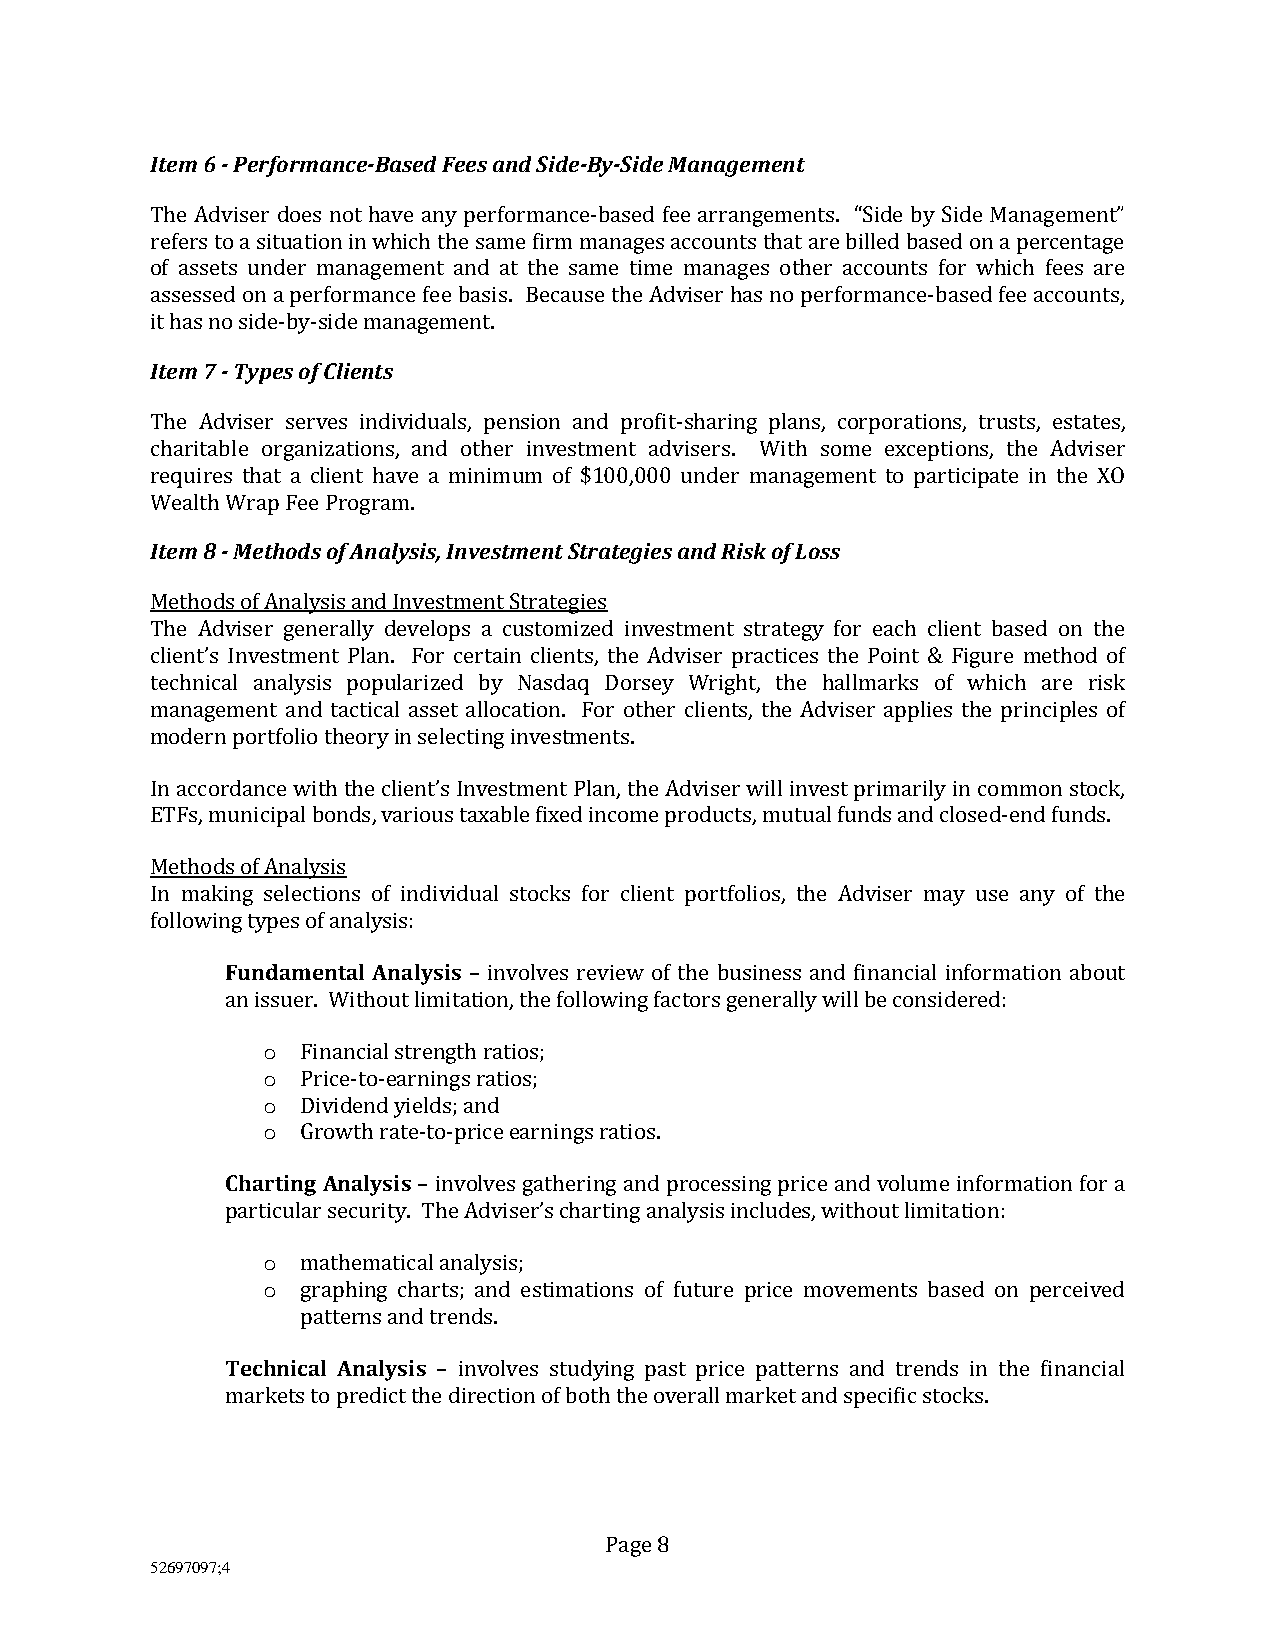
Item 6 - Performance-Based Fees and Side-By-Side Management
 The Adviser does not have any performance-based fee arrangements. “Side by Side Management”
 refers to a situation in which the same firm manages accounts that are billed based on a percentage
 of assets under management and at the same time manages other accounts for which fees are
 assessed on a performance fee basis. Because the Adviser has no performance-based fee accounts,
 it has no side-by-side management.
 Item 7 - Types of Clients
 The Adviser serves individuals, pension and profit-sharing plans, corporations, trusts, estates,
 charitable organizations, and other investment advisers. With some exceptions, the Adviser
 requires that a client have a minimum of $100,000 under management to participate in the XO
 Wealth Wrap Fee Program.
 Item 8 - Methods of Analysis, Investment Strategies and Risk of Loss
 Methods of Analysis and Investment Strategies
 The Adviser generally develops a customized investment strategy for each client based on the
 client’s Investment Plan. For certain clients, the Adviser practices the Point & Figure method of
 technical analysis popularized by Nasdaq Dorsey Wright, the hallmarks of which are risk
 management and tactical asset allocation. For other clients, the Adviser applies the principles of
 modern portfolio theory in selecting investments.
 In accordance with the client’s Investment Plan, the Adviser will invest primarily in common stock,
 ETFs, municipal bonds, various taxable fixed income products, mutual funds and closed-end funds.
 Methods of Analysis
 In making selections of individual stocks for client portfolios, the Adviser may use any of the
 following types of analysis:
 Fundamental Analysis – involves review of the business and financial information about
 an issuer. Without limitation, the following factors generally will be considered:
 o  Financial strength ratios;
 o  Price-to-earnings ratios;
 o  Dividend yields; and
 o  Growth rate-to-price earnings ratios.
 Charting Analysis – involves gathering and processing price and volume information for a
 particular security. The Adviser’s charting analysis includes, without limitation:
 o  mathematical analysis;
 o  graphing charts; and estimations of future price movements based on perceived
 patterns and trends.
 Technical Analysis – involves studying past price patterns and trends in the financial
 markets to predict the direction of both the overall market and specific stocks.
 Page 8
 52697097;4